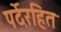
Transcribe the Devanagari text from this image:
पर्देरहित